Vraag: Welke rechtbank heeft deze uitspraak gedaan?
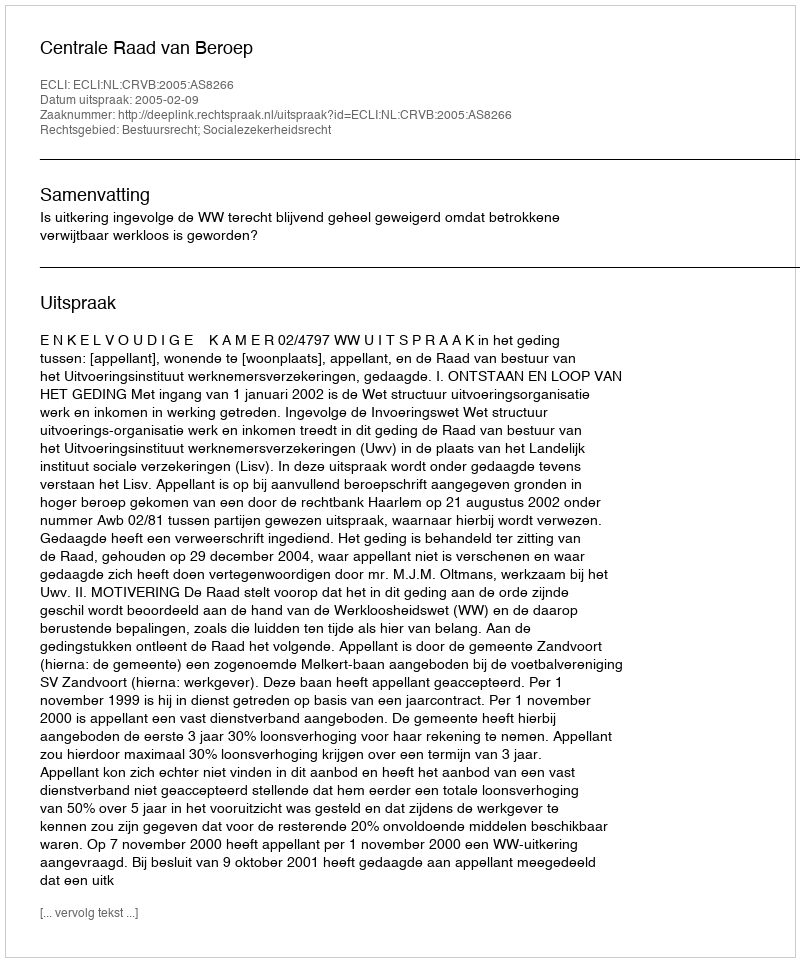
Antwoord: Centrale Raad van Beroep